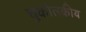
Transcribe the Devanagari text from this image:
चुकोत्स्कीय